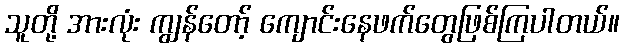
သူတို့ အားလုံး ကျွန်တော့် ကျောင်းနေဖက်တွေဖြစ်ကြပါတယ်။